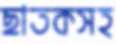
ছাতকসহ